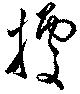
拠